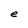
Character: e